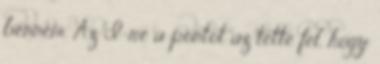
bennem. Az I-re a pontot az tette fel, hogy